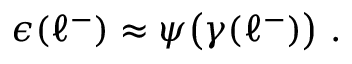
\begin{array} { r } { \epsilon ( \ell ^ { - } ) \approx \psi \bigl ( \gamma ( \ell ^ { - } ) \bigr ) ~ . } \end{array}